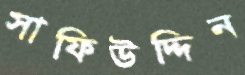
সাফিউদ্দিন